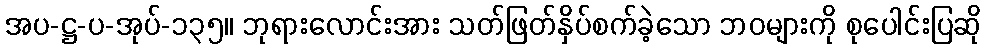
အပ-ဋ္ဌ-ပ-အုပ်-၁၃၅။ ဘုရားလောင်းအား သတ်ဖြတ်နှိပ်စက်ခဲ့သော ဘဝများကို စုပေါင်းပြဆို